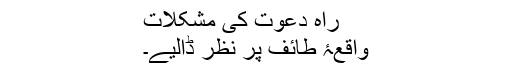
راہِ دعوت کی مشکلات
واقعۂ طائف پر نظر ڈالیے۔